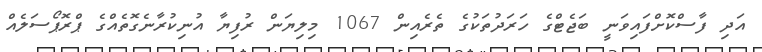
އަދި ފާސްކޮށްފައިވަނީ ބަޖެޓްގެ ހަރަދުތަކުގެ ތެރެއިން 1067 މިލިޔަން ރުފިޔާ އުނިކުރާނެގޮތެއްގެ ޕްރޮޕޯސަލެއް